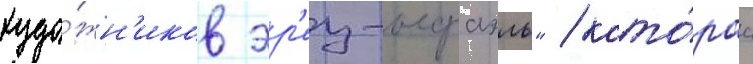
худо́жн'иков эр'ец-исраэль" / кото́раа